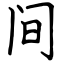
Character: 间